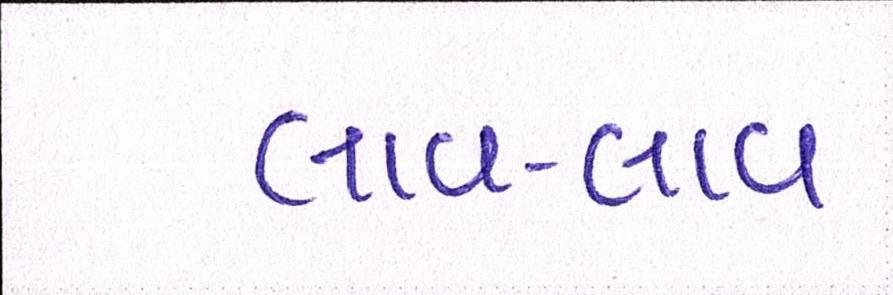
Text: લાવ-લાવ